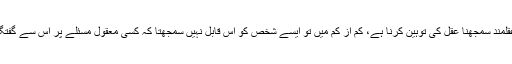
اس کو عقلمند سمجھنا عقل کی توہین کرنا ہے، کم از کم میں تو ایسے شخص کو اس قابل نہیں سمجھتا کہ کسی معقول مسئلے پر اس سے گفتگو کروں۔